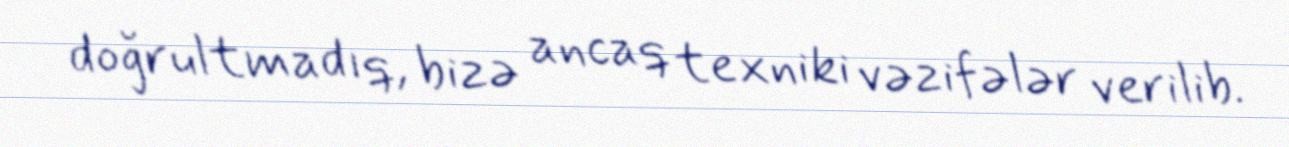
doğrultmadıq, bizə ancaq texniki vəzifələr verilib.